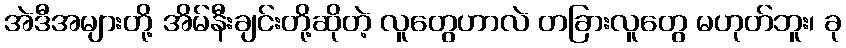
အဲဒီအများတို့ အိမ်နီးချင်းတို့ဆိုတဲ့ လူတွေဟာလဲ တခြားလူတွေ မဟုတ်ဘူး၊ ခု